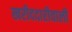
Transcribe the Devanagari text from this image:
खरीददारीवाली